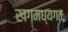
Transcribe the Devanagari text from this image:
खगमध्यगतः